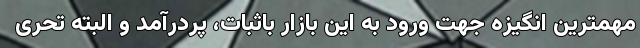
مهمترین انگیزه جهت ورود به این بازار باثبات، پردرآمد و البته تحری